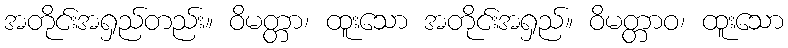
အတိုင်းအရှည်တည်း။ ဝိမတ္တာ၊ ထူးသော အတိုင်းအရှည်။ ဝိမတ္တာဝ၊ ထူးသော